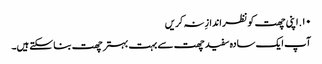
۱۰. اپنی چھت کو نظر اندازِ نہ کریں
آپ ایک سادہ سفید چھت سے بہت بہتر چھت بنا سکتے ہیں۔